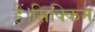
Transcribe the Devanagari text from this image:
हैं।सिक्किम